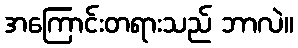
အကြောင်းတရားသည် ဘာလဲ။